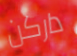
داركن